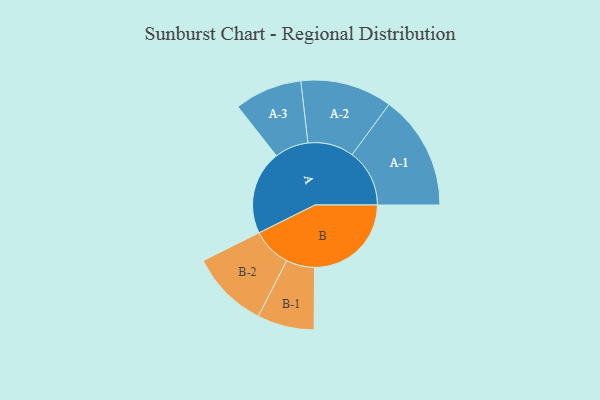
{"axis": {"x": "Segment", "y": "Value"}, "legend": ["", "A", "B"], "data": [{"x": "A", "y": 422, "type": ""}, {"x": "B", "y": 487, "type": ""}, {"x": "A-1", "y": 289, "type": "A"}, {"x": "A-2", "y": 231, "type": "A"}, {"x": "A-3", "y": 170, "type": "A"}, {"x": "B-1", "y": 143, "type": "B"}, {"x": "B-2", "y": 197, "type": "B"}]}